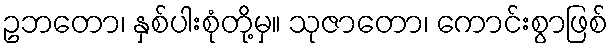
ဥဘတော၊ နှစ်ပါးစုံတို့မှ။ သုဇာတော၊ ကောင်းစွာဖြစ်